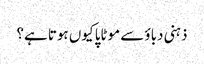
ذہنی دباؤ سے موٹاپا کیوں ہوتا ہے؟